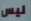
ليس